Civil Veterinary Dept. Bombay admin report 1914-1922 - 1914-1922
Year: 1914
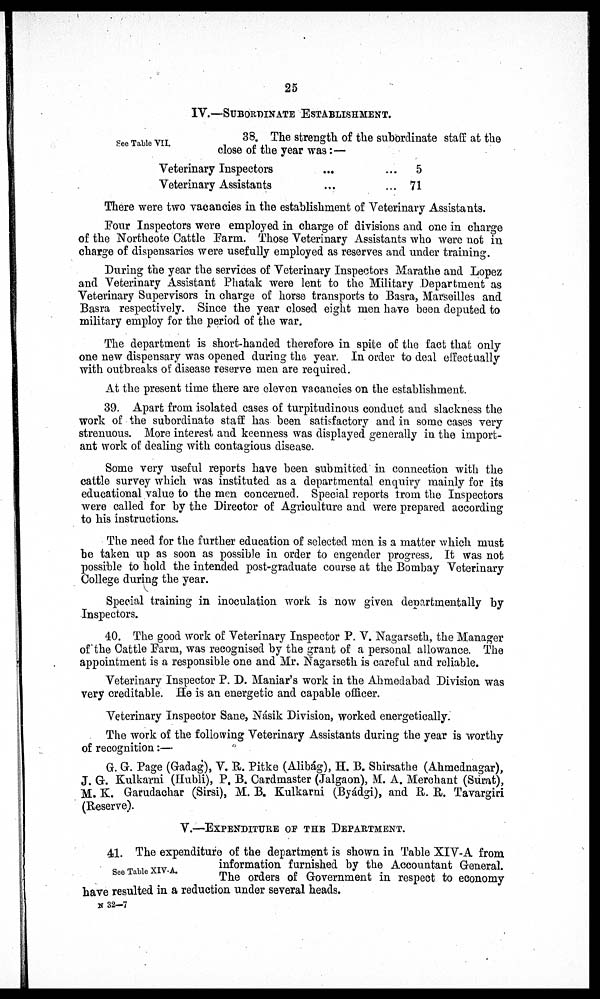
25
IV.—SUBORDINATE ESTABLISHMENT.
See Table VII.
38. The strength of the subordinate staff at the
close of the year was:—
Veterinary Inspectors
Veterinary Assistants
...
...
...
...
5
71
There were two vacancies in the establishment of Veterinary Assistants.
Four Inspectors were employed in charge of divisions and one in charge
of the Northcote Cattle Farm. Those Veterinary Assistants who were not in
charge of dispensaries were usefully employed as reserves and under training.
During the year the services of Veterinary Inspectors Marathe and Lopez
and Veterinary Assistant Phatak were lent to the Military Department as
Veterinary Supervisors in charge of horse transports to Basra, Marseilles and
Basra respectively. Since the year closed eight men have been deputed to
military employ for the period of the war.
The department is short-handed therefore in spite of the fact that only
one new dispensary was opened during the year. In order to deal effectually
with outbreaks of disease reserve men are required.
At the present time there are eleven vacancies on the establishment.
39. Apart from isolated cases of turpitudinous conduct and slackness the
work of the subordinate staff has been satisfactory and in some cases very
strenuous. More interest and keenness was displayed generally in the import-
ant work of dealing with contagious disease.
Some very useful reports have been submitted in connection with the
cattle survey which was instituted as a departmental enquiry mainly for its
educational value to the men concerned. Special reports from the Inspectors
were called for by the Director of Agriculture and were prepared according
to his instructions.
The need for the further education of selected men is a matter which must
be taken up as soon as possible in order to engender progress, It was not
possible to hold the intended post-graduate course at the Bombay Veterinary
College during the year.
Special training in inoculation work is now given departmentally by
Inspectors.
40. The good work of Veterinary Inspector P. V. Nagarseth, the Manager
of the Cattle Farm, was recognised by the grant of a personal allowance. The
appointment is a responsible one and Mr. Nagarseth is careful and reliable.
Veterinary Inspector P. D. Maniar's work in the Ahmedabad Division was
very creditable. He is an energetic and capable officer.
Veterinary Inspector Sane, Násik Division, worked energetically.
The work of the following Veterinary Assistants during the year is worthy
of recognition :—
G. G. Page (Gadag), V. R. Pitke (Alibág), H. B. Shirsathe (Ahmednagar),
J. G. Kulkarni (Hubli), P. B. Cardmaster (Jalgaon), M. A. Merchant (Surat),
M. K. Garudachar (Sirsi), M. B. Kulkarni (Byádgi), and R. R. Tavargiri
(Reserve).
V.—EXPENDITURE OF THE DEPARTMENT.
See Table XIV-A.
41. The expenditure of the department is shown in Table XIV-A from
information furnished by the Accountant General.
The orders of Government in respect to economy
have resulted in a reduction under several heads.
N 32—7